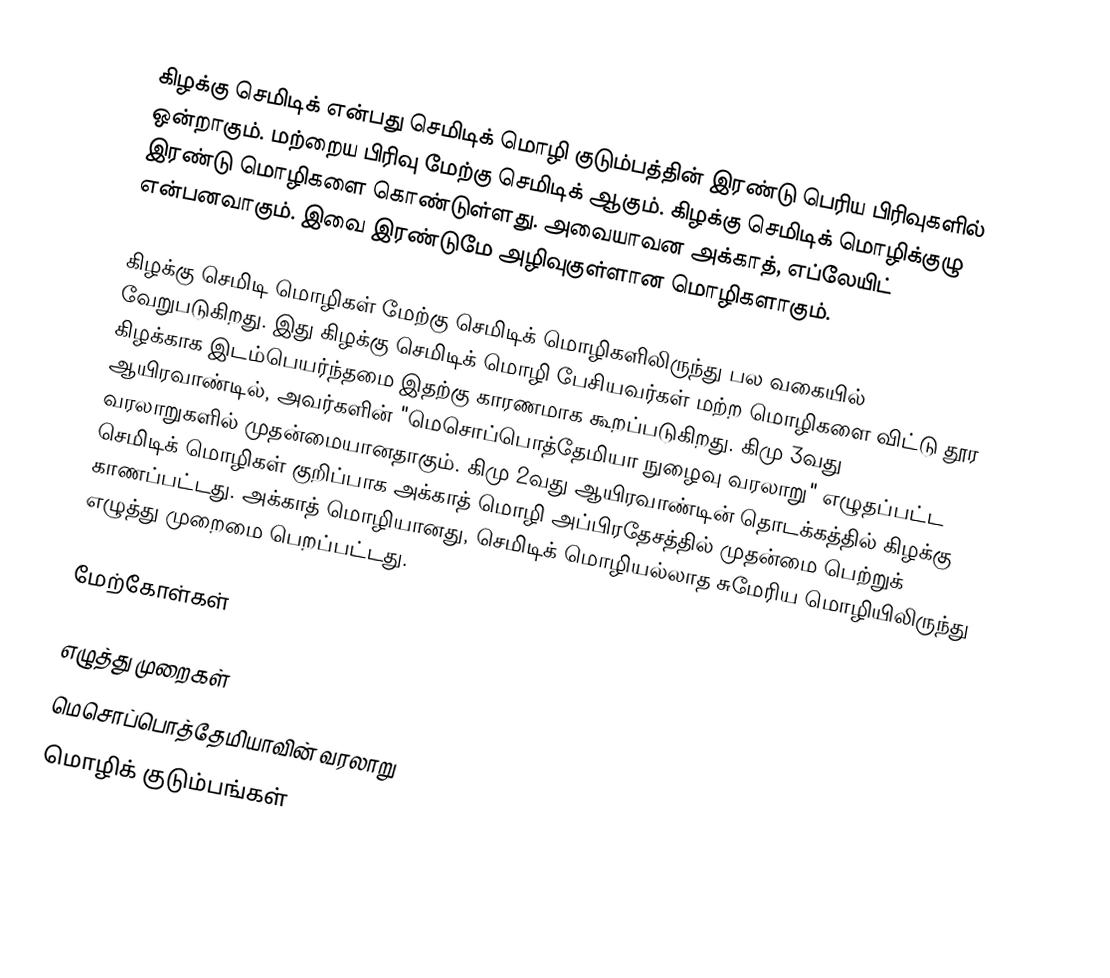
கிழக்கு செமிடிக் என்பது செமிடிக் மொழி குடும்பத்தின் இரண்டு பெரிய பிரிவுகளில் ஒன்றாகும். மற்றைய பிரிவு மேற்கு செமிடிக் ஆகும். கிழக்கு செமிடிக் மொழிக்குழு இரண்டு மொழிகளை கொண்டுள்ளது. அவையாவன அக்காத், எப்லேயிட் என்பனவாகும். இவை இரண்டுமே அழிவுகுள்ளான மொழிகளாகும்.

கிழக்கு செமிடி மொழிகள் மேற்கு செமிடிக் மொழிகளிலிருந்து பல வகையில் வேறுபடுகிறது. இது கிழக்கு செமிடிக் மொழி பேசியவர்கள் மற்ற மொழிகளை விட்டு தூர கிழக்காக இடம்பெயர்ந்தமை இதற்கு காரணமாக கூறப்படுகிறது. கிமு 3வது ஆயிரவாண்டில், அவர்களின் "மெசொப்பொத்தேமியா நுழைவு வரலாறு" எழுதப்பட்ட வரலாறுகளில் முதன்மையானதாகும். கிமு 2வது ஆயிரவாண்டின் தொடக்கத்தில் கிழக்கு செமிடிக் மொழிகள் குறிப்பாக அக்காத் மொழி அப்பிரதேசத்தில் முதன்மை பெற்றுக் காணப்பட்டது. அக்காத் மொழியானது, செமிடிக் மொழியல்லாத சுமேரிய மொழியிலிருந்து எழுத்து முறைமை பெறப்பட்டது.

மேற்கோள்கள்

எழுத்து முறைகள்
மெசொப்பொத்தேமியாவின் வரலாறு
மொழிக் குடும்பங்கள்